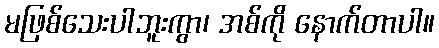
မဖြစ်သေးပါဘူးကွာ၊ အစ်ကို နောက်တာပါ။